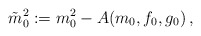
\begin{align*}\tilde{m}_0^2 := m_0^2 - A(m_0,f_0,g_0) \,,\end{align*}